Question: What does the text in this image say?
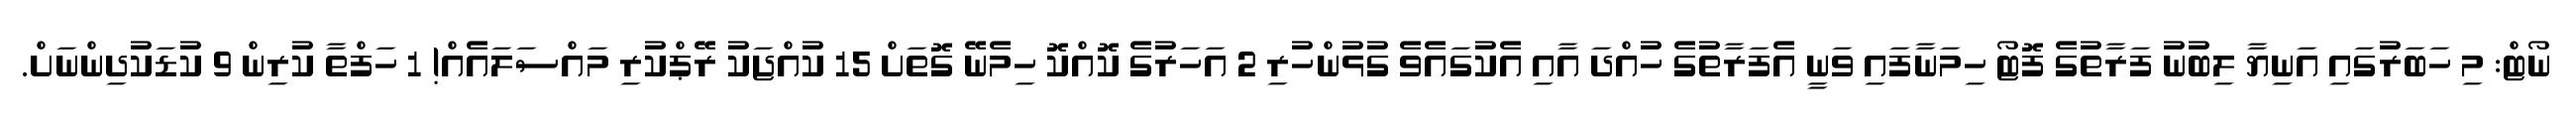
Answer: ނޯޓް: މި ހަބަރުގައި އަނިޔާ ލިބުނު ފަރާތުގެ ފޮޓޯ ހިމަނާފައި ވަނީ އެފަރާތުގެ ހުއްދަ އާއި އެކުގައެވެ ގުޅުންހުރި 2 އަހަރުގެ ކޮއްކޮ ހިމެނޭ ގޮތަށް 15 ކުއްޖަކު ރޭޕްކުރި މައްސަލައެއް! 1 ހަފްތާ ކުރިން 9 ކުޑަކުދިންނަށް.